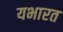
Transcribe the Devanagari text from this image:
यभारत